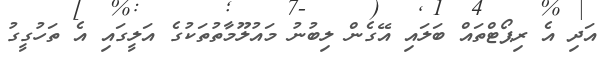
އަދި އެ ރިޕޯޓްތައް ބަލައި އޭގެން ލިބުނު މައުލޫމާތުތަކުގެ އަލީގައި އެ ތަހުގީގު